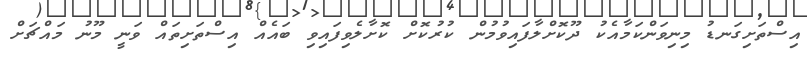
އިސްތަށިގަނޑު މިނިވަންކަމާއެކު ދޫކޮށްލާފައިވުމުން ކުރުކޮށް ކޮށާލެވިފައިވި ބައެއް އިސްތަށިތައް ވަނީ މޫނު މައްޗަށް